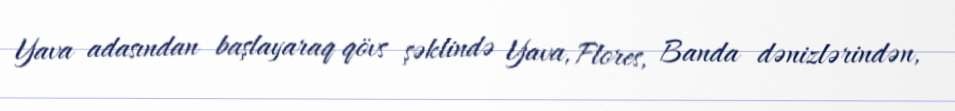
Yava adasından başlayaraq qövs şəklində Yava, Flores, Banda dənizlərindən,